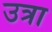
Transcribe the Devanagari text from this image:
उत्रा